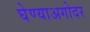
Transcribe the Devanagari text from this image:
घेण्याअगोदर